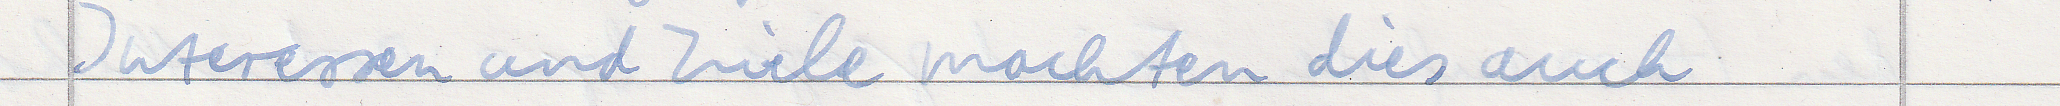
Interessen und Ziele machten dies auch